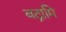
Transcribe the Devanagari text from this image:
बद्नामि